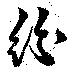
紛